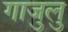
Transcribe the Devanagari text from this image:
गाजुलु